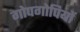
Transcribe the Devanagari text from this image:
गोपगोपियों